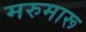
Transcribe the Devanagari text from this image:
मरुमारू